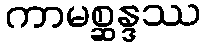
ကာမစ္ဆန္ဒဿ